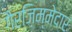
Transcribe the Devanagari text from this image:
गैरज़िम्मेदार